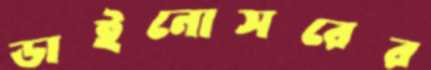
ডাইনোসরের